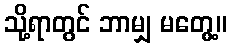
သို့ရာတွင် ဘာမျှ မတွေ့။